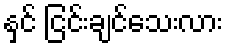
နှင် ငြင်းချင်သေးလား